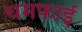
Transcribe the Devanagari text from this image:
चमफाई